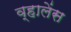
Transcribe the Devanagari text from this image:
व्हालेंस